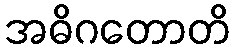
အဓိဂတောတိ